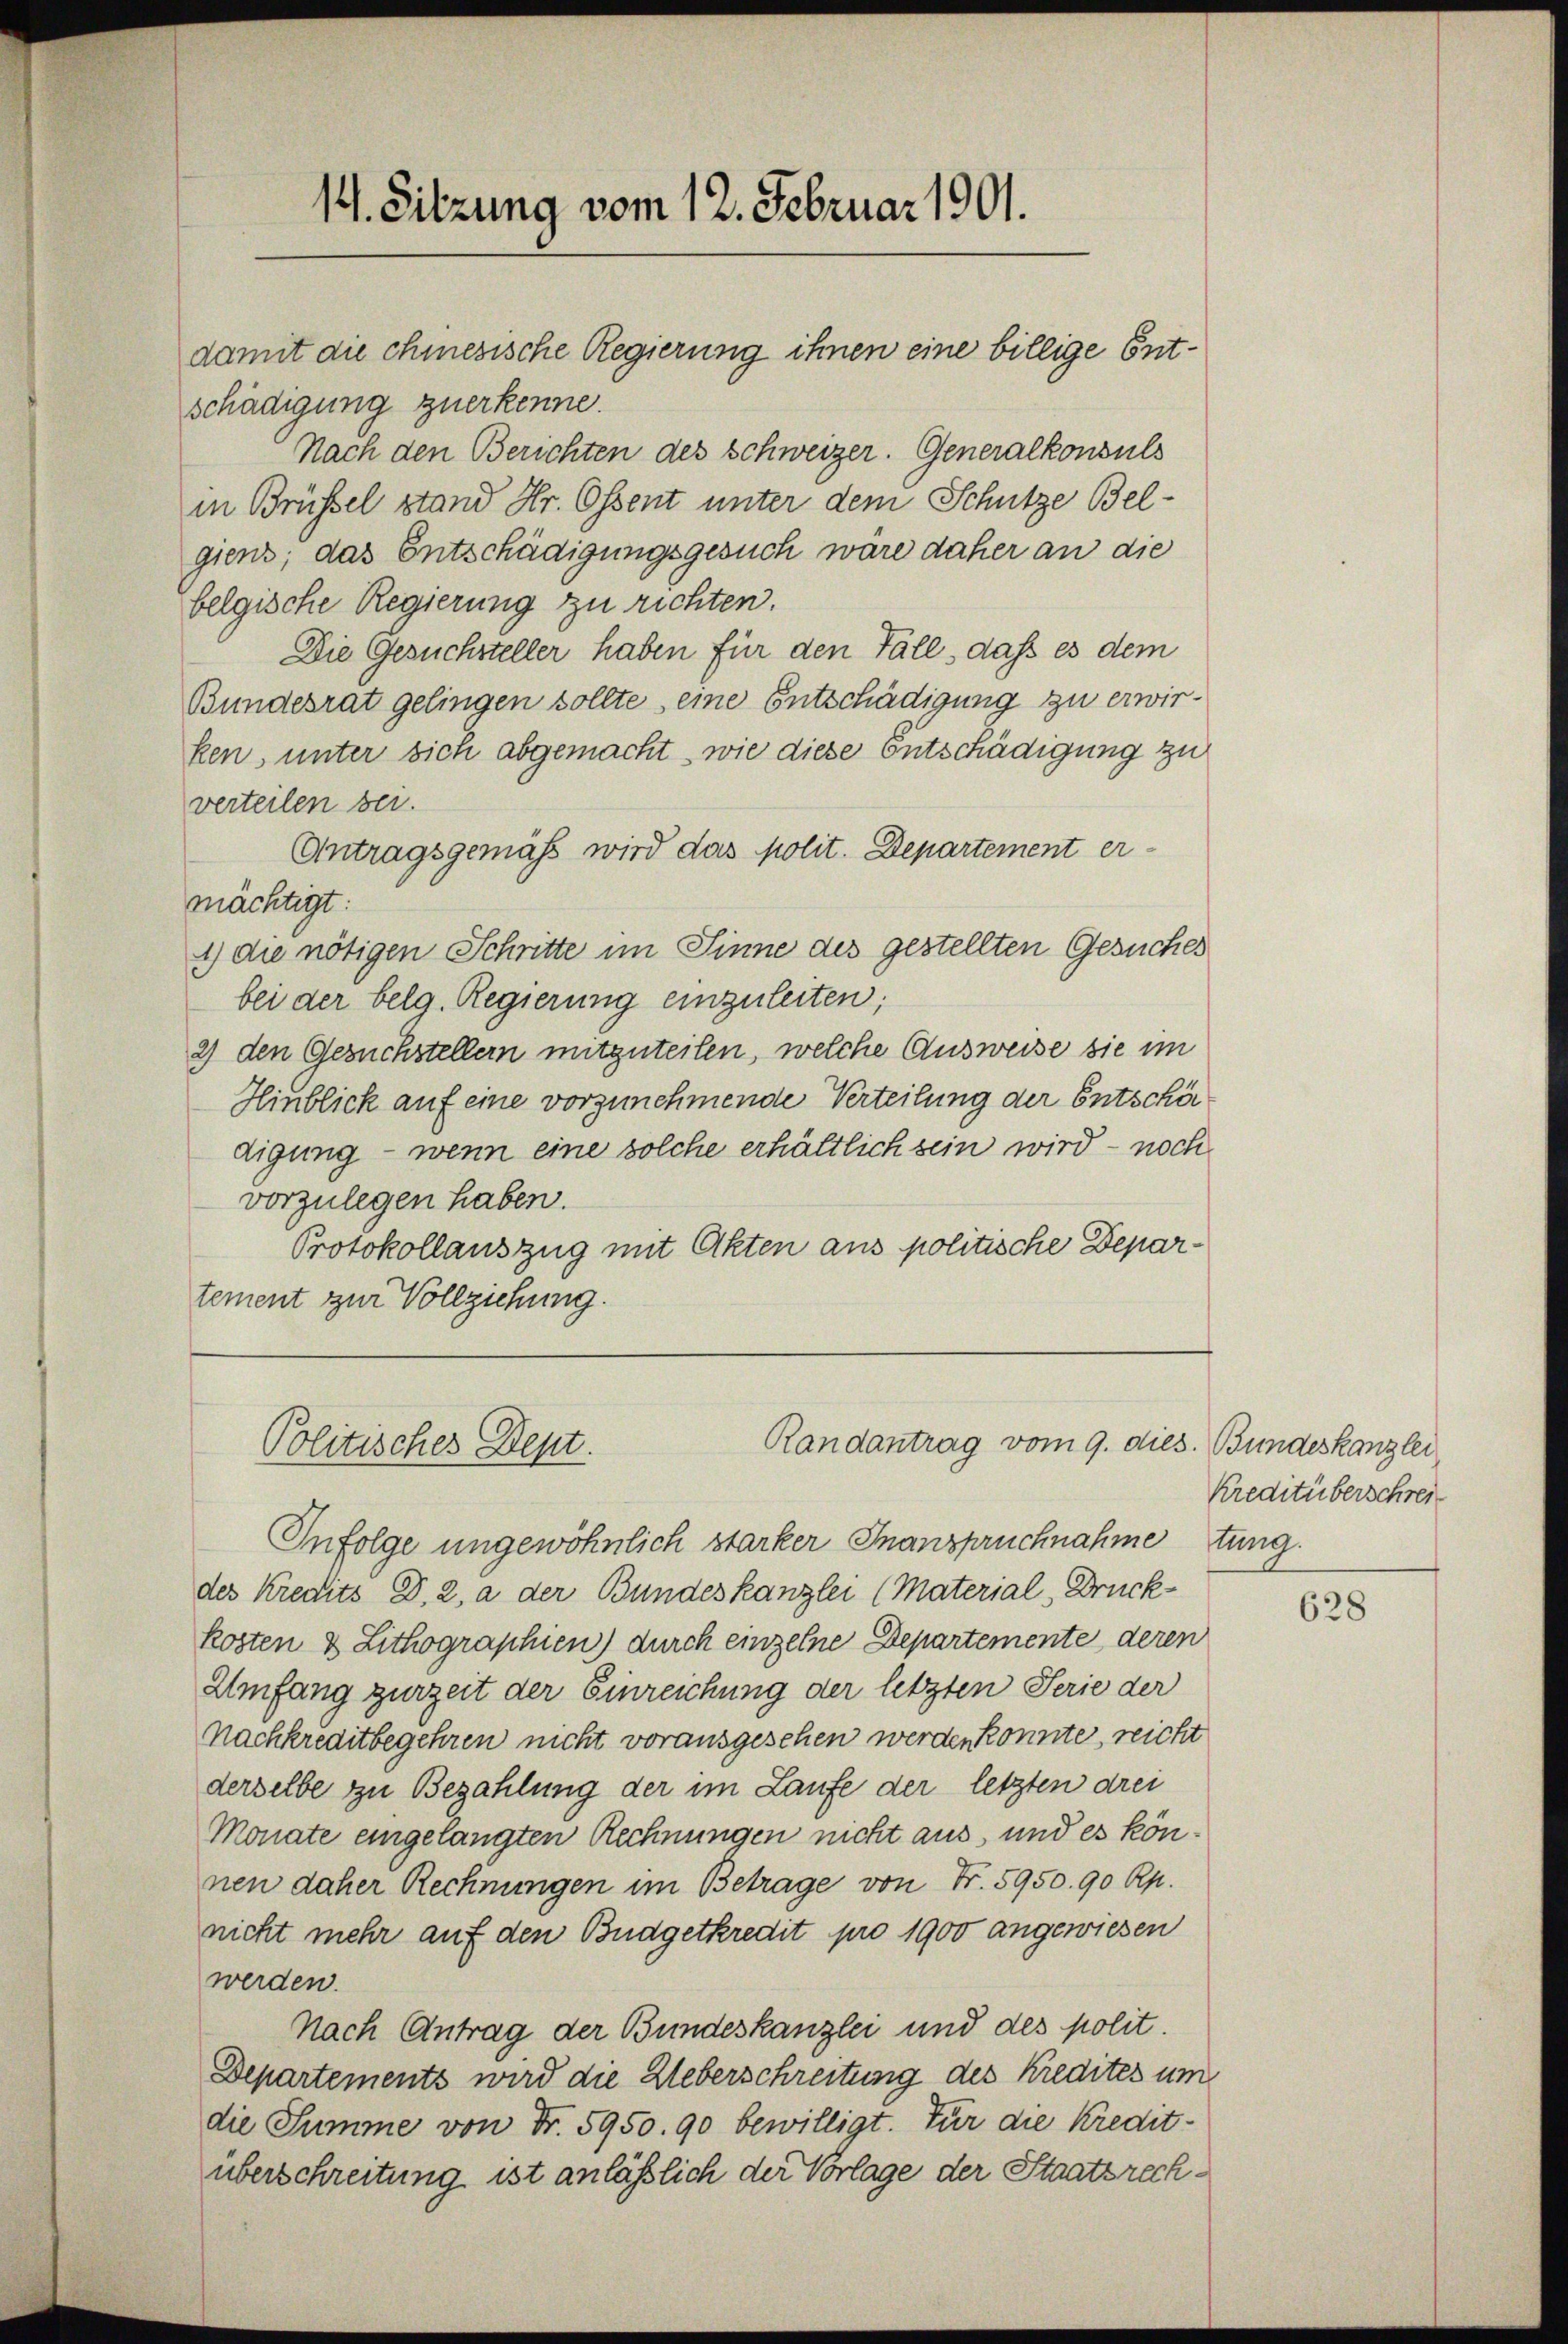
14. Sitzung vom 12. Februar 1901.
damit die chiesische Regierung ihnen eine billige Ent¬

schädigung zuerkenne.
Nach den Berichten des Schweizer. Generalkonsuls
in Brüssel stand Hr. Ossent unter dem Schütze Bel-
giens; das Entschädigungsgesuch wäre daher an die
belgische Regierung zu richten.
Die Gesuchsteller haben für den Fall, dass es dem
Bundesrat gelingen sollte eine Entschädigung zu erwirken, unter sich abgemacht, wie diese Entschädigung zu
verteilen sei.
Antragsgemäss wird das polit. Departement er-
mächtigt:
1) die nötigen Schritte im Sinne des gestellten Gesuches
bei der belg. Regierung einzuleiten;
2) den Gesuchstellern mitzuteilen, welche Ausweise sie im
Hinblick auf eine vorzunehmende Verteilung der Entschärdigung – wenn eine solche erhältlich sein wird – noch
vorzulegen haben.
Protokollauszug mit Akten aus politische Departement zur Vollziehung.

Infolge ungewöhnlich starker Inanspruchnahmetung.
des Kredits D. 2. a der Bundeskanzlei (Material, Druckkosten & Lithographien) durch einzelne Departemente deren
Umfang zurzeit der Einreichung der letzten Serie der
Nachkreditbegehren nicht vorausgesehen werden konnte, reicht
derselbe zu Bezahlung der im Laufe der letzten drei
Monate eingelangten Rechnungen nicht aus, und es können daher Rechnungen im Betrage von Fr. 5950. 90 Rp.
nicht mehr auf den Budgetkredit pro 1900 angewiesen
werden.
Nach Antrag der Bundeskanzlei und des polit.
Departements wird die Ueberschreitung des Kredites um
die Summe von Fr. 5950. 90 bewilligt. Für die Kredit-
überschreitung ist anläßlich der Vorlage der Staatsrech¬

Randantrag vom 9. dies. Bundeskanzlei
Politisches Dept.

Kreditüberschrei

628